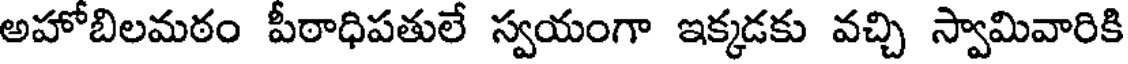
అహోబిలమఠం పీఠాధిపతులే స్వయంగా ఇక్కడకు వచ్చి స్వామివారికి